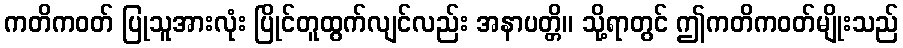
ကတိကဝတ် ပြုသူအားလုံး ပြိုင်တူထွက်လျင်လည်း အနာပတ္တိ။ သို့ရာတွင် ဤကတိကဝတ်မျိုးသည်